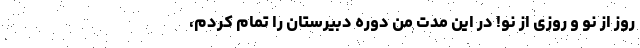
روز از نو و روزی از نو! در این مدت من دوره دبیرستان را تمام کردم،